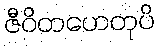
ဇီဝိတဟေတုပိ